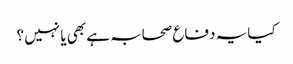
کیا یہ دفاع صحابہ ہے بھی یا نہیں ؟